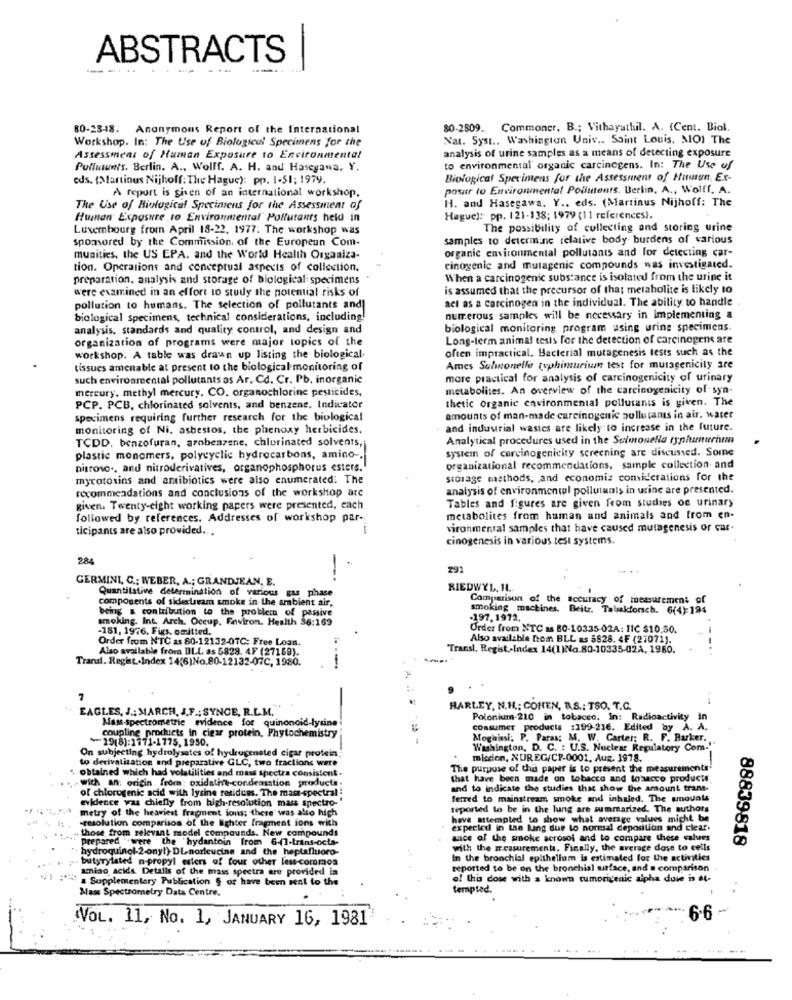
ABSTRACTS
80-23-48. Anonymous Report of the International
80-2809.
Commoner, B .; Vithayathil. A. (Cent. Biol.
Workshop. In: The Use of Biological Specimens for the
Nat. Syst .. Washington Univ .. Saint Louis, MO) The
Assessment of Human Exposure to Environmental
analysis of urine samples as a means of detecting exposure
Pulluunts. Berlin. A ., Wollf. A. H. and Hasegawa, Y.
to environmental organic carcinogens. In: The Use of
eds. (Martinus Nijhoff: The Hague): pp. 1-51; 1979.
Biological Specimens for the Assessment of Human Ex-
posar to Environmental Poiluttents. Berlin, A ., Wolff, A.
A report is given of an international workshop.
H. and Hasegawa. Y .. eds. (Martinus Nijhoff: The
The Use of Biological Specimens for the Assessment of
Human Exposure to Environmental Pollutants held in
Hague): pp. 121-138; 1979 (11 references).
Luxembourg from April 18-22, 1977: The workshop was
The possibility of collecting and storing urine
sponsored by the Commission, of the European Com-
samples to determine relative body burdens of various
organic environmental pollutants and for detecting car-
munities, the US EPA. and the World Health Organiza-
tion. Operations and conceptual aspects of collection.
einogenic and mutagenic compounds was investigated.
preparation. analysis and storage of biological specimens
When a carcinogenic substance is isolated from the urine it
is assumed that the precursor of that metabolite is likely to
were examined in an effort to study the potential risks of
act as a carcinogen in the individual. The ability to handle
pollution to humans. The selection of pollutants and
biological specimens, technical considerations, including!
numerous samples will be necessary in Implementing a
analysis, standards and quality control, and design and
biological monitoring program using urine specimens.
organization of programs were major topics of the
Long-term animal tests for the detection of carcinogens are
often impractical. Bacterial mutagenesis tests such as the
workshop. A table was drawn up listing the biological.
tissues amenable at present to the biological monitoring of
Ames Salmonelle typhimuriun test for mutagenicity are
such environmental pollutants os Ar. Cd. Cr. Pb, inorganic
more practical for analysis of carcinogenicity of urinary
mercury. methyl mercury. CO. organochlorine pesticides,
metabolites. An overview of the carcinogenicity of syn-
thetic organic environmental pollutants is given. The
PCP. PCB, chlorinated solvents, and benzene. Indicator
specimens requiring further research for the biological
amounts of man-made carcinogenic pollutants in air. water
monitoring of Ni. asbestos, the phenoxy herbicides.
and industrial wastes are likely to increase in the future.
Analytical procedures used in the Salmonella ryphunurim
TCDD, benzofuran, arobenzene, chlorinated solvents,
system of carcinogenicity screening are discussed. Somne
plastic monomers, polycyclic hydrocarbons, amino -.
nitroso ., and nitroderivatives, organophosphorus esters.
organizational recommendations, sample collection and
mycotoxins and antibiotics were also enumerated: The
storage methods, and economiz considerations for the
recommendations and conclusions of the workshop are
analysis of environmental pollutants in urine are presented.
given. Twenty-eight working papers were presented, each
Tables and figures are given from studies on urinary
followed by references. Addresses of workshop par-
metabolites from human and animals and from en.
ticipants are also provided ...
vironmental samples that have caused mutagenesis or car-
cinogenesis in various test systems.
284
291
GERMINI, C .: WEBER, A .; GRANDJEAN, E.
Quantitative determination of various gas phase
RIEDWYL. H.
components of sidestream smoke in the ambient air,
Comparison of the accuracy of measurement of
being & contribution to the problem of passive
smoking mactines. Beitr. Tabakforsch. 6(4):194
smoking machines.
smoking. Int. Arch. Occup. Environ. Health 36:169
-197.1972.
-181, 1976. Fis. omitted.
Order from NTC as 80-10335-02A: IIC $10.50.
Order from NTC as 80-12132-0TC: Free Loan.
Also available from BLL as 5828. 4F (27071).
Also available from DLL as 5829. 4F (27169).
Transl, Regist .- Index 14(1)No.80-10335-02A, 1980.
Trand. Regist.Index 14(6)No.80-12132-07C, 1980.
7
EAGLES, J .: MARCH, J.F .; SYNCE, R.L.M.
HARLEY, N.H .: COHEN, B.S .: TSO. T.C.
Massspectrometric evidence for quinonoid-lysine
Polonium-210 in tobacco. In: Radioactivity in
consumer products :199-216. Edited by A. A.
19(8):1771-1775,1950.
coupline products in cigar protein, Phytochemistry
Moghissi: P. Paras: M. W. Carter; R. F. Barker ..
On subjecting hydrolysates of hydrogenated cigar protein
Washington, D. C. : U.S. Nuclear Regulatory Com."
to derivatization and preparative GLC, two fractions were
miccion, NUREG/CP-0001. Aug. 1978.
obtained which had volatilities and mass spectra consistent.
The purpose of this paper is to present the measurements
wich an: origin from: oxidatie-condensation products.
that have been made on tobacco and tobacco products
and to indicate the studies that show the amount trans-
of chlorogenic acid with lysine residues. The mass-spectral
evidence was chiefly from high-resolution mass spectro-'
ferred to mainstream smoke and inhuied. The amouals
metry of the heaviest fragment ions; there' was also high
reported to be in the lung are summarized. The authors
-resolution comparison of the lighter fragment ions with
have attempted to show what average values might be
those from relevant model compounds. New compounds
expected in the lung due to normal deposition and clear.
prepared -were the "hydantoin from 6-(1-trans-octs-
wice of the smoke aerosol and to compare these values
88839818
hydroquinol-2-onyt) DL-norleucine and the heptafluoro-
with the measurements. Finally, the average dose to cells
butyrylated n-propyl esters of four other less-common
In the bronchial epithelium is estimated for the activities
amino acids. Detalis of the mass spectra are provided in
reported to be on the bronchial surface, and a comparison
. Supplementary Publication § or have been sent to the
of this dose with a known tumorigenic alpha duse is at-
Mass Spectrometry Data Centre.
tempted.
VOL. 11, No. 1, JANUARY 16, 1981
6.6